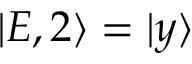
| E , 2 \rangle = | y \rangle